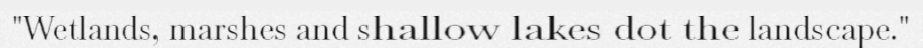
"Wetlands, marshes and shallow lakes dot the landscape."